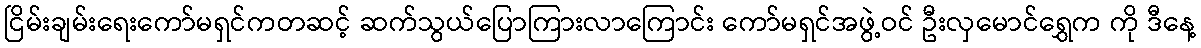
ငြိမ်းချမ်းရေးကော်မရှင်ကတဆင့် ဆက်သွယ်ပြောကြားလာကြောင်း ကော်မရှင်အဖွဲ့ဝင် ဦးလှမောင်ရွှေက ကို ဒီနေ့